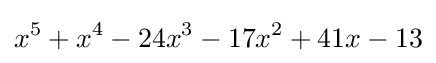
x^{5}+x^{4}-24x^{3}-17x^{2}+41x-13